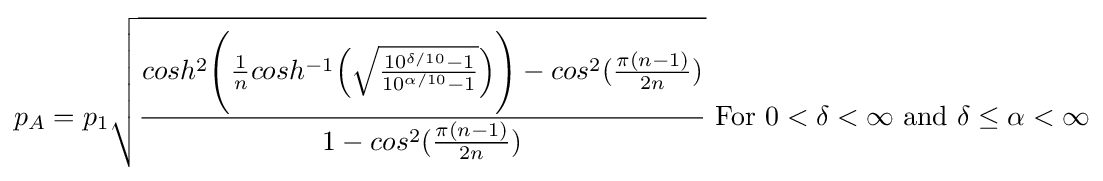
{\begin{aligned}p_{A}=p_{1}{\sqrt {\frac {cosh^{2}{\Biggr (}{\frac {1}{n}}cosh^{-1}{\Bigr (}{\sqrt {\frac {10^{\delta /10}-1}{10^{\alpha /10}-1}}}{\Bigr )}{\Biggr )}-cos^{2}({\frac {\pi (n-1)}{2n}})}{1-{cos^{2}({\frac {\pi (n-1)}{2n}})}}}}{\text{  For }}0<\delta <\infty {\text{   and   }}\delta \leq \alpha <\infty \\\end{aligned}}